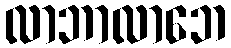
လာဘာလာဘေ